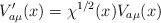
LaTeX: \begin{align*}V^{\prime}_{a\mu}(x)=\chi^{1/2}(x)V_{a\mu}(x) \end{align*}